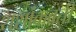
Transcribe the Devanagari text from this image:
शशांकवती